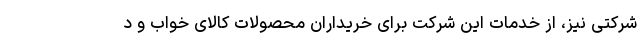
شرکتی نیز، از خدمات این شرکت برای خریداران محصولات کالای خواب و د